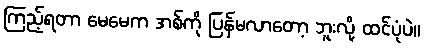
ကြည့်ရတာ မေမေက အစ်ကို ပြန်မလာတော့ ဘူးလို့ ထင်ပုံပဲ။